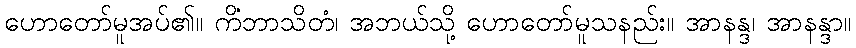
ဟောတော်မူအပ်၏။ ကိံဘာသိတံ၊ အဘယ်သို့ ဟောတော်မူသနည်း။ အာနန္ဒ၊ အာနန္ဒာ။